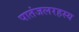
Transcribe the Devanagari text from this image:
पातंजलरहस्य